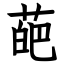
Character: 葩